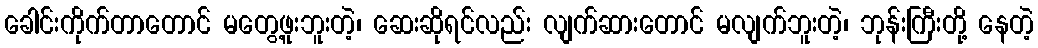
ခေါင်းကိုက်တာတောင် မတွေ့ဖူးဘူးတဲ့၊ ဆေးဆိုရင်လည်း လျက်ဆားတောင် မလျက်ဘူးတဲ့၊ ဘုန်းကြီးတို့ နေတဲ့